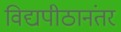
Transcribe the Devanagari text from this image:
विद्यपीठानंतर